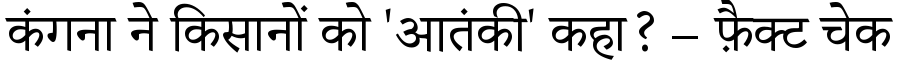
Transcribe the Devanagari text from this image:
कंगना ने किसानों को 'आतंकी' कहा? – फ़ैक्ट चेक